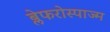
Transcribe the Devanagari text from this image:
ब्लेफरोस्पाज्म